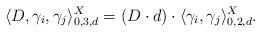
LaTeX: \begin{align*}\langle D, \gamma_i, \gamma_j\rangle_{0,3,d}^{X}=(D\cdot d)\cdot \langle\gamma_i, \gamma_j\rangle_{0,2,d}^{X}.\end{align*}